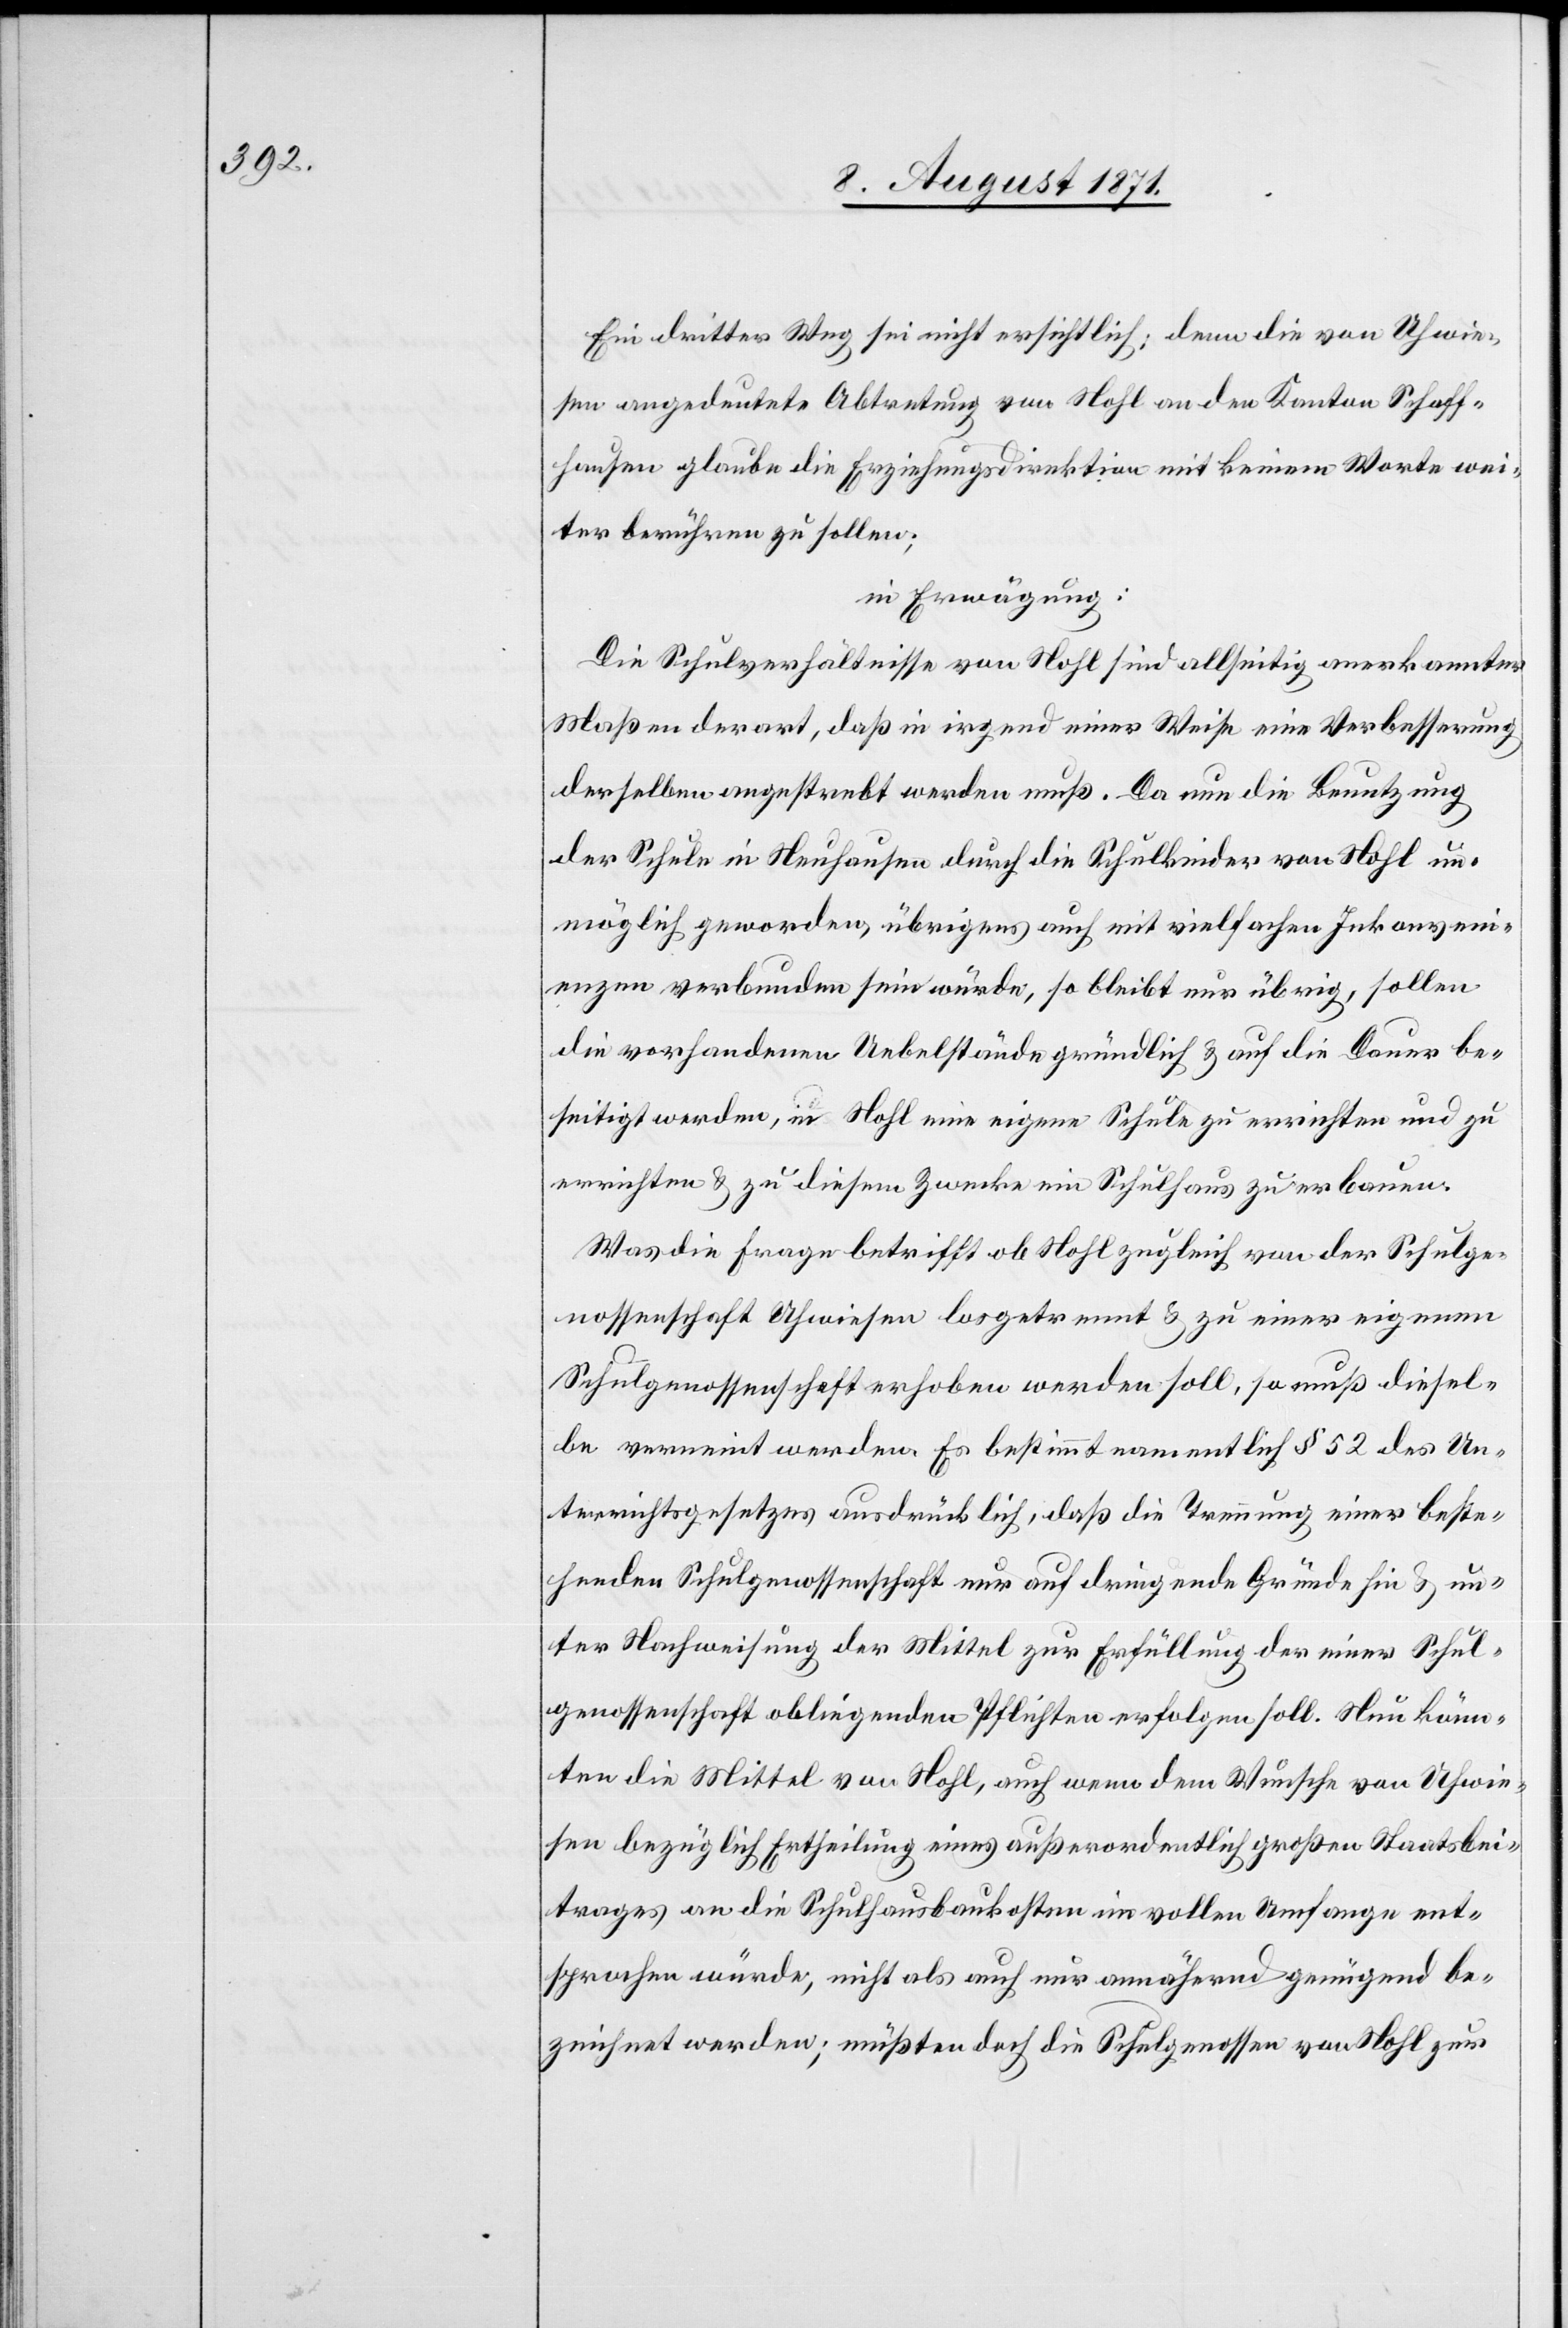
Ein dritter Weg sei nicht ersichtlich: denn die von Uhwie¬
sen angedeutete Abtrennung von Nohl an den Kanton Schaff¬
hausen glaube die Erziehungsdirektion mit keinem Worte wei¬
ter bemühen zu sollen;
in Erwägung:
Die Schulverhältnisse von Nohl sind allseitig anerkannter
Maßen derart, daß in irgend einer Weise eine Verbesserung
derselben angestrebt werden muß. Da nun die Benutzung
der Schule in Neuhausen durch die Schulkinder von Nohl un¬
möglich geworden, übrigens auch mit vielfachen Inkonveni¬
enzen verbunden sein würde, so bleibt nur übrig, sollen
die vorhandenen Uebelstände gründlich & auf die Dauer be¬
seitigt werden, in Nohl eine eigene Schule zu errichten und zu
errichten [sic!] & zu diesem Zwecke ein Schulhaus zu erbauen.
Was die Frage betrifft ob Nohl zugleich von der Schulge¬
nossenschaft Uhwiesen losgetrennt & zu einer eigenen
Schulgenossenschaft erhoben werden soll, so muß diesel¬
be verneint werden. Es bestimmt namentlich § 52 des Un¬
terrichtgesetzes ausdrücklich, daß die Trennung einer beste¬
henden Schulgenossenschaft nur auf dringende Gründe hin & un¬
ter Nachweisung der Mittel zur Erfüllung der einer Schul¬
genossenschaft obliegender Pflichten erfolgen soll. Nun könn¬
ten die Mittel von Nohl, auch wenn dem Wunsche von Uhwie¬
sen bezüglich Ertheilung eines außerordentlich großen Staatsbei¬
trages an die Schulhausbaukosten in vollem Umfange ent¬
sprochen würde, nicht als auch nur annähernd genügend be¬
zeichnet werden; müssten doch die Schulgenossen von Nohl zur